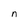
Character: n